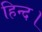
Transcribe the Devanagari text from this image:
हिन्द।